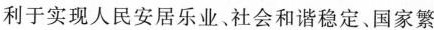
利于实现人民安居乐业、社会和谐稳定、国家繁